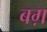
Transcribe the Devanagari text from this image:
बग़